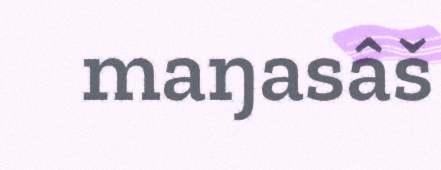
maŋasâš